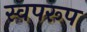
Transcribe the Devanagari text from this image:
स्वपरूप